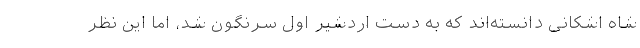
شاه اشکانی دانسته‌اند که به دست اردشیر اول سرنگون شد، اما این نظر